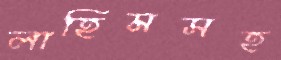
লাহিমসহ